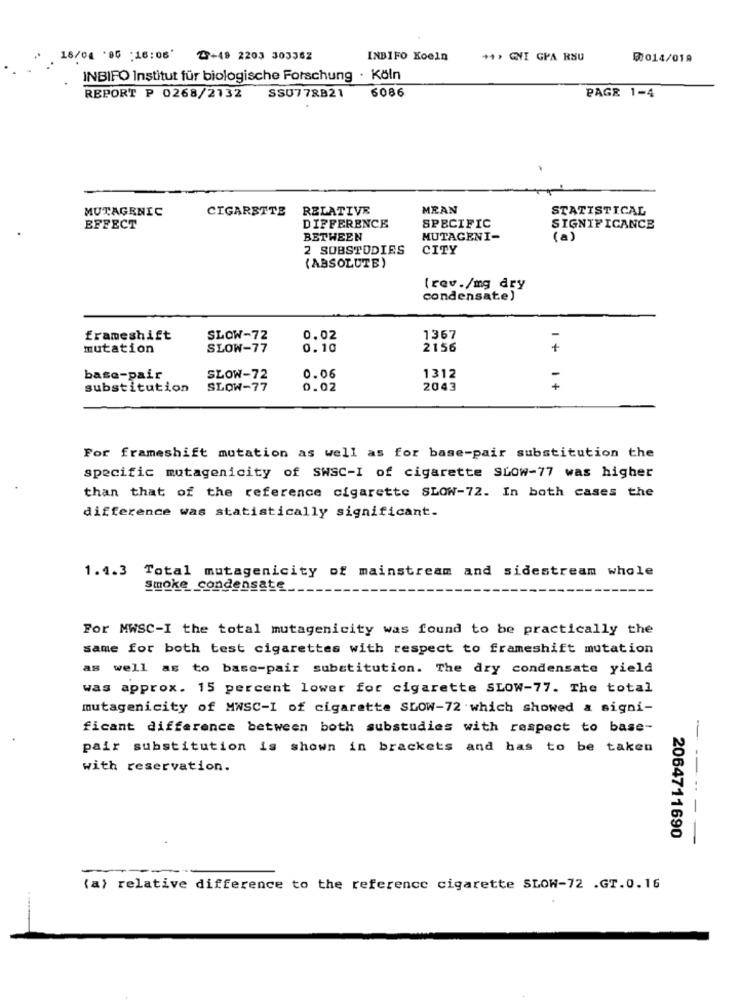
18/04 '06 : 16:08' 2+49 2203 303362
INBIFO Koeln
++, GNI GPA RSU
5:014/019
INBIFO Institut für biologische Forschung · Köln
6086
PAGE 1-4
REPORT P 0268/2132
SSU778B21
MUTAGENIC
CIGARETTE
RELATIVE
MEAN
STATISTICAL
EFFECT
DIFFERENCE
SPECIFIC
SIGNIFICANCE
BETWEEN
MUTAGENI-
(a)
2 SUBSTUDIES
CITY
(ABSOLUTE)
[rev./mg dry
condensate)
frameshift
SLOW-72
0.02
1367
mutation
SLOW-77
0.10
2156
1 +
base-pair
SLOW-72
0.06
1312
substitution
SLOW-77
0.02
2043
For frameshift mutation as well as for base-pair substitution the
specific mutagenicity of SWSC-I of cigarette SLOW-77 was higher
than that of the reference cigarette SLOW-72. In both cases the
difference was statistically significant.
1.4.3 Total mutagenicity of mainstream and sidestream whole
smoke condensate
For MWSC-I the total mutagenicity was found to be practically the
same for both test cigarettes with respect to frameshift mutation
as well as to base-pair substitution. The dry condensate yield
was approx. 15 percent lower for cigarette SLOW-77. The total
mutagenicity of MWSC-I of cigarette SLOW-72 which showed & signi-
ficant difference between both substudies with respect to base-
pair substitution is shown in brackets and has to be taken
with reservation.
2064711690
---- - -
(a) relative difference to the reference cigarette SLOW-72 .GT.0.16